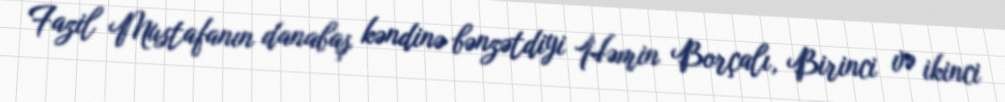
Fazil Mustafanın danabaş kəndinə bənzətdiyi Həmin Borçalı, Birinci və ikinci